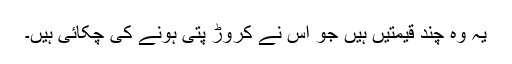
یہ وہ چند قیمتیں ہیں جو اس نے کروڑ پتی ہونے کی چکائی ہیں۔